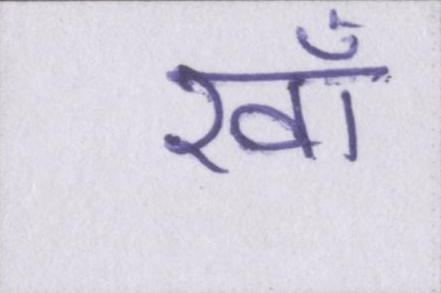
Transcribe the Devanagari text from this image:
ख़ाँ